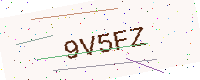
Text: 9V5FZ